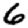
Digit: 6